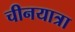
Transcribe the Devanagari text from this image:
चीनयात्रा